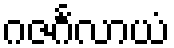
ဂဇင်္ဂလာယံ